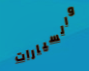
والسيارات